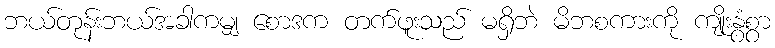
ဘယ်တုန်းဘယ်အခါကမျှ စောဒက တက်ဖူးသည် မရှိဘဲ မိဘစကားကို ကျိုးနွံစွာ